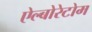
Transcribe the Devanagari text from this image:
ऐल्बोरेटोम